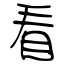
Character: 看